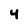
Character: 4